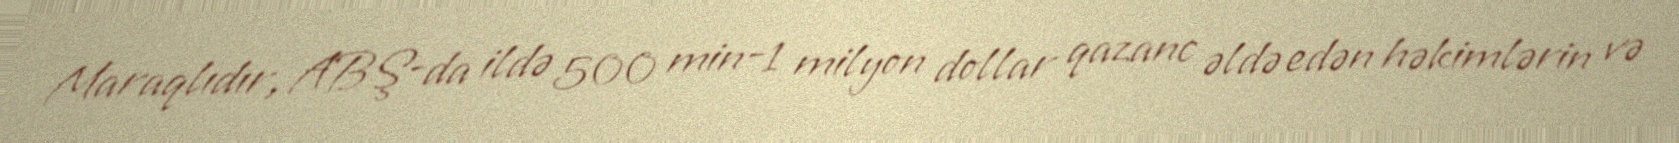
Maraqlıdır, ABŞ-da ildə 500 min-1 milyon dollar qazanc əldə edən həkimlərin və